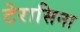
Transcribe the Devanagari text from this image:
टेरासिना